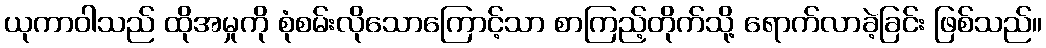
ယုကာဝါသည် ထိုအမှုကို စုံစမ်းလိုသောကြောင့်သာ စာကြည့်တိုက်သို့ ရောက်လာခဲ့ခြင်း ဖြစ်သည်။